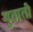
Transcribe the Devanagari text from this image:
युवाती